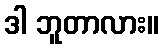
ဒါ ဘူတာလား။